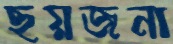
ছয়জনা